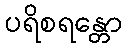
ပရိစရန္တော